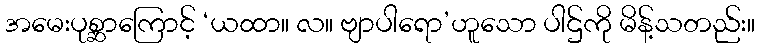
အမေးပုစ္ဆာကြောင့် ‘ယထာ။ လ။ ဗျာပါရော’ဟူသော ပါဌ်ကို မိန့်သတည်း။